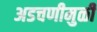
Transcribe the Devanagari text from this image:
अडचणीमुळी